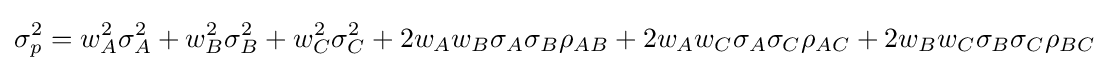
\sigma _{p}^{2}=w_{A}^{2}\sigma _{A}^{2}+w_{B}^{2}\sigma _{B}^{2}+w_{C}^{2}\sigma _{C}^{2}+2w_{A}w_{B}\sigma _{A}\sigma _{B}\rho _{AB}+2w_{A}w_{C}\sigma _{A}\sigma _{C}\rho _{AC}+2w_{B}w_{C}\sigma _{B}\sigma _{C}\rho _{BC}